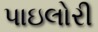
પાઇલોરી